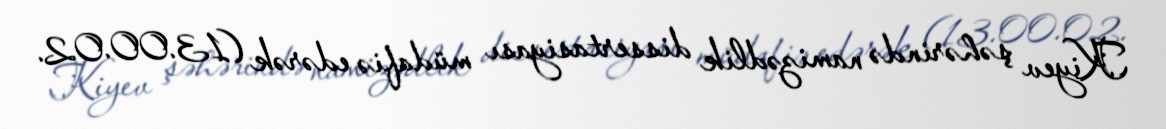
Kiyev şəhərində namizədlik dissertasiyası müdafiə edərək (13.00.02.